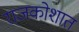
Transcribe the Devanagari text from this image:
राजकोशात